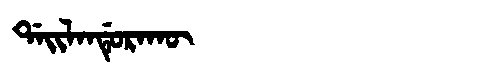
Manchu: ᡩᠠᡳᠯᠠᠨᡩᡠᡵᠠᡴᡡ
Romanization: DAILANDURAKŪ